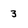
Character: 3